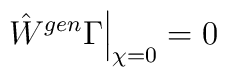
\hat W^{gen} {\Gamma} \Big|_{\chi =0 } = 0